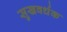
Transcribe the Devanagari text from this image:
सुखवर्धक